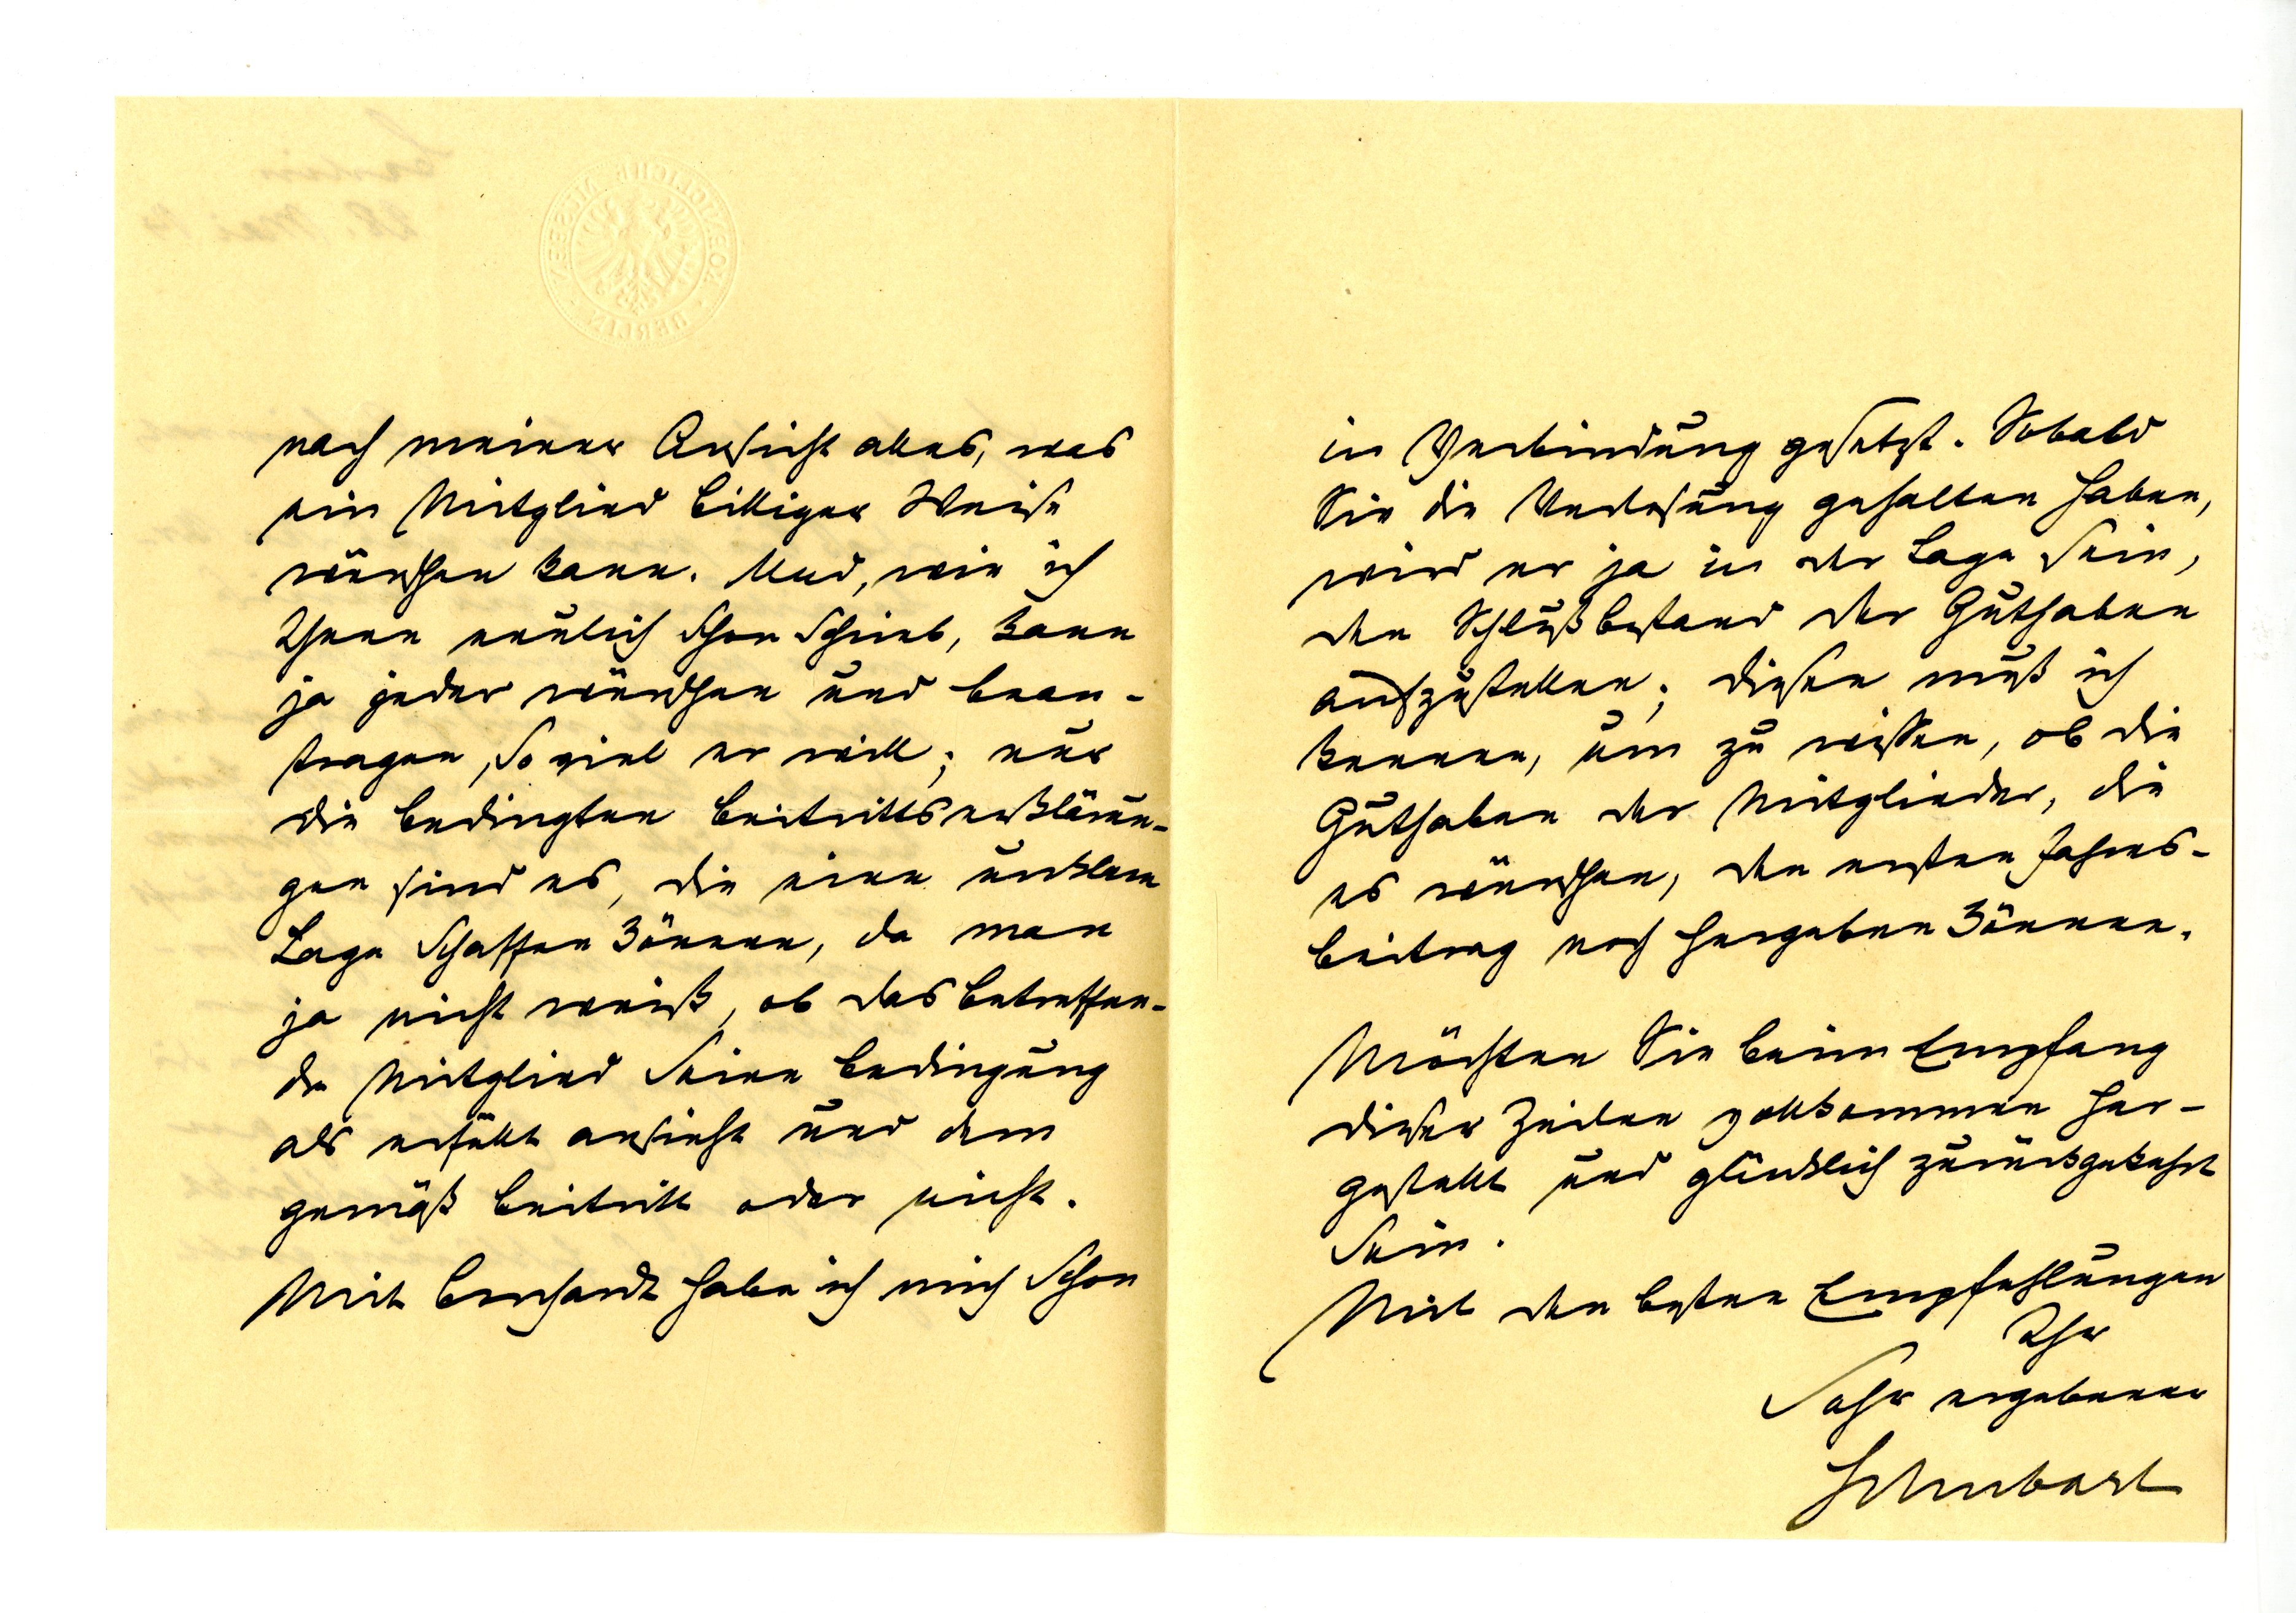
nach meiner Ansicht alles, was
ein Mitglied billiger Weise
wünschen kann. Und, wie ich
Ihnen neulich schon schieb, kann
ja jeder wünschen und bean¬
tragen, so viel er will; nur
die bedingten Beitrittserklärun¬
gen sind es, die eine unklare
Lage schaffen können, da man
ja nicht weiß, ob das betreffen¬
de Mitglied seine Bedingung
als erfüllt ansieht und dem
gemäß beitritt oder nicht.
Mit Borchardt habe ich mich schon

in Verbindung gesetzt. Sobald
Sie die Verlosung gehalten haben,
wird er ja in der Lage sein,
ihn den Schlußbestand der Guthaben
aufzustellen; diesen muß ich
kennen, um zu wissen, ob die
Guthaben der Mitglieder, die
es wünschen, den ersten Jahres¬
betrag noch hergeben können.
Möchten Sie beim Empfang
dieser Zeilen vollkommen her¬
gestellt und glücklich zurückgekehrt
sein.
Mit den besten Empfehlungen
Ihr
sehr ergebener
Schubart